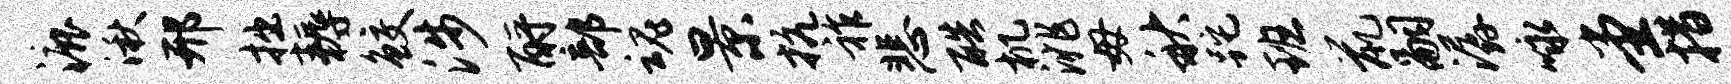
漉湫邢拙耨鲛涉酹部魂景抗祚悲酷机洮毋秋跎班鼠嗣潺咏堂措